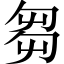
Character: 芻